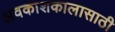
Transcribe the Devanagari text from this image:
अवकाशकालासाठी